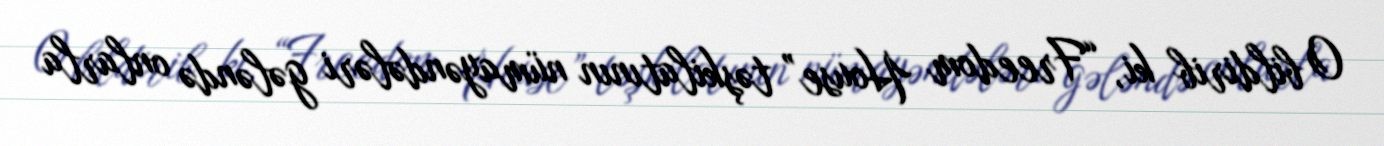
O bildirib ki, “Freedom House” təşkilatının nümayəndələri gələndə onlarla